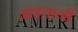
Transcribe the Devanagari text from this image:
आइवानी